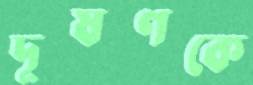
দূষণকে